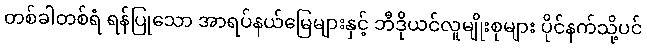
တစ်ခါတစ်ရံ ရန်ပြုသော အာရပ်နယ်မြေများနှင့် ဘီဒိုယင်လူမျိုးစုများ ပိုင်နက်သို့ပင်